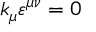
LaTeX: k _ { \mu } \varepsilon ^ { \mu \nu } = 0